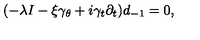
( - \lambda I - \xi \gamma _ { \theta } + i \gamma _ { t } \partial _ { t } ) d _ { - 1 } = 0 ,